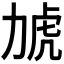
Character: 𮰎